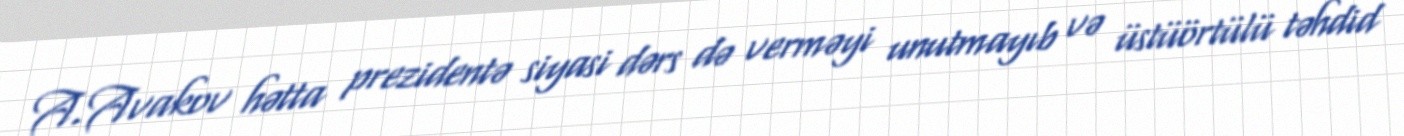
A.Avakov hətta prezidentə siyasi dərs də verməyi unutmayıb və üstüörtülü təhdid